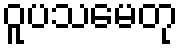
ဝူပသမေတု